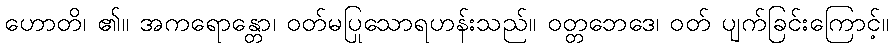
ဟောတိ၊ ၏။ အကရောန္တော၊ ဝတ်မပြုသောရဟန်းသည်။ ဝတ္တဘေဒေ၊ ဝတ် ပျက်ခြင်းကြောင့်။